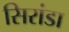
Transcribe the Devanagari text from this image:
सिरांडा